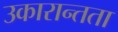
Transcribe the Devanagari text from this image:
उकारान्तता